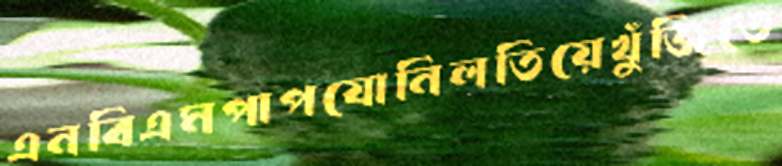
এনবিএমপাপযোনিলতিয়েখুঁজিতে